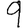
Digit: 9